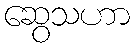
ဆွေသဟာ